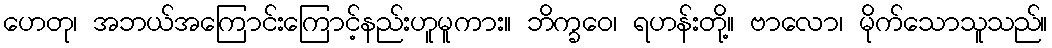
ဟေတု၊ အဘယ်အကြောင်းကြောင့်နည်းဟူမူကား။ ဘိက္ခဝေ၊ ရဟန်းတို့။ ဗာလော၊ မိုက်သောသူသည်။